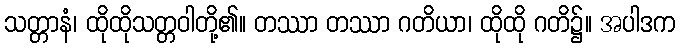
သတ္တာနံ၊ ထိုထိုသတ္တဝါတို့၏။ တဿာ တဿာ ဂတိယာ၊ ထိုထို ဂတိ၌။ အပါဒက